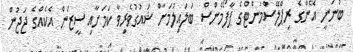
ބުނަނީ އޭނާގެ ރިޕްލޭސްމަންޓްގެ ޕާފޯމެންސް ބަލައިލުމަށް ޝައުގުވެރިވާ ކަމަށާއި ސީޒަން އެކެއްގެ ޖަޖުން